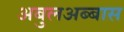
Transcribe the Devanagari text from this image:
अबुलअब्बास